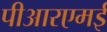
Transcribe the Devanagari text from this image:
पीआरएमई